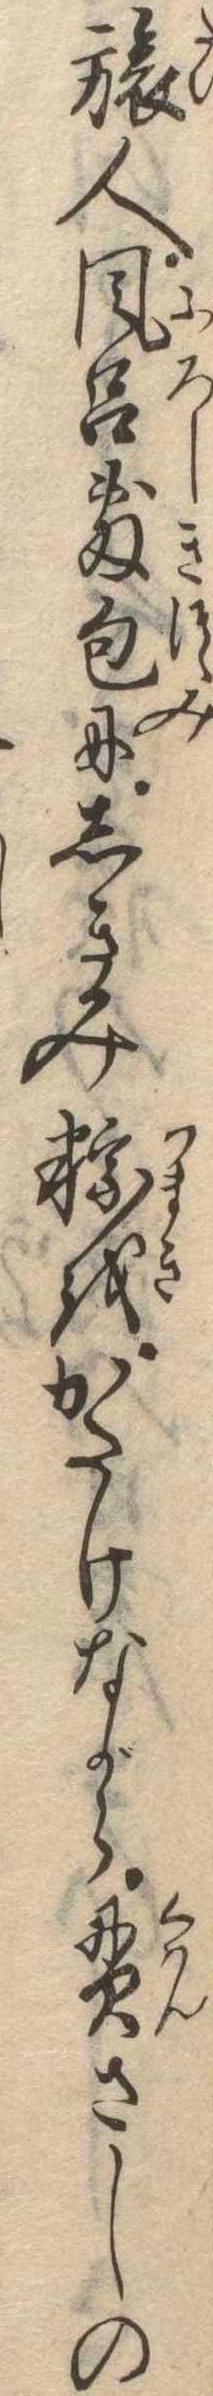
旅人風呂敷包にしきみ粽をかたけながら貫さしの